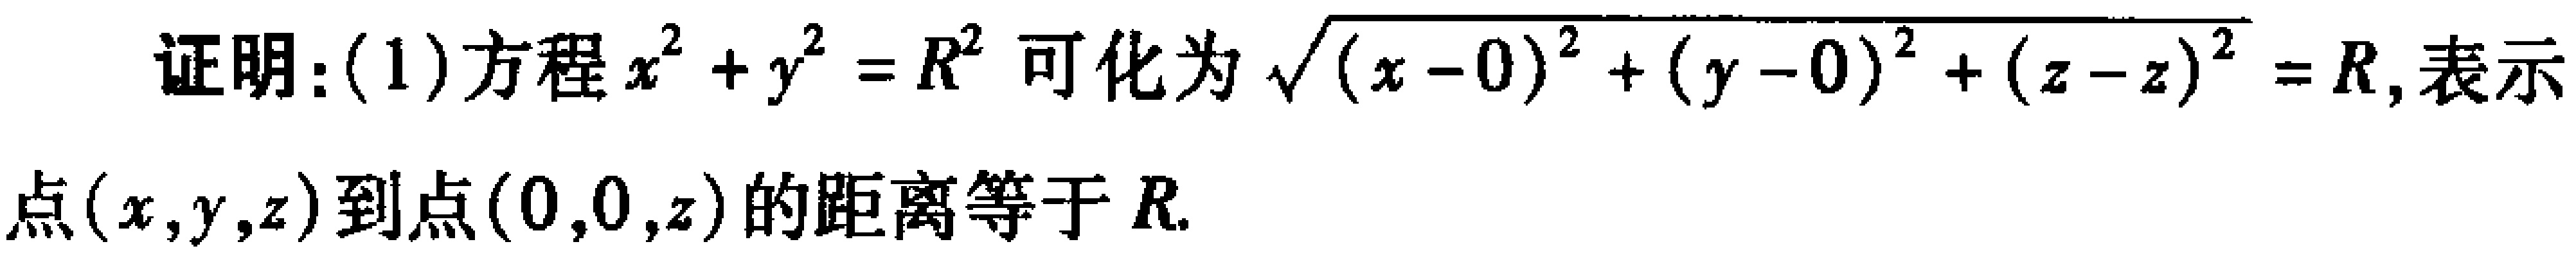
证明：(1)方程$x^{2}+y^{2}=R^{2}$可化为$\sqrt{(x - 0)^{2}+(y - 0)^{2}+(z - z)^{2}} = R$,表示点$(x,y,z)$到点$(0,0,z)$的距离等于$R$.